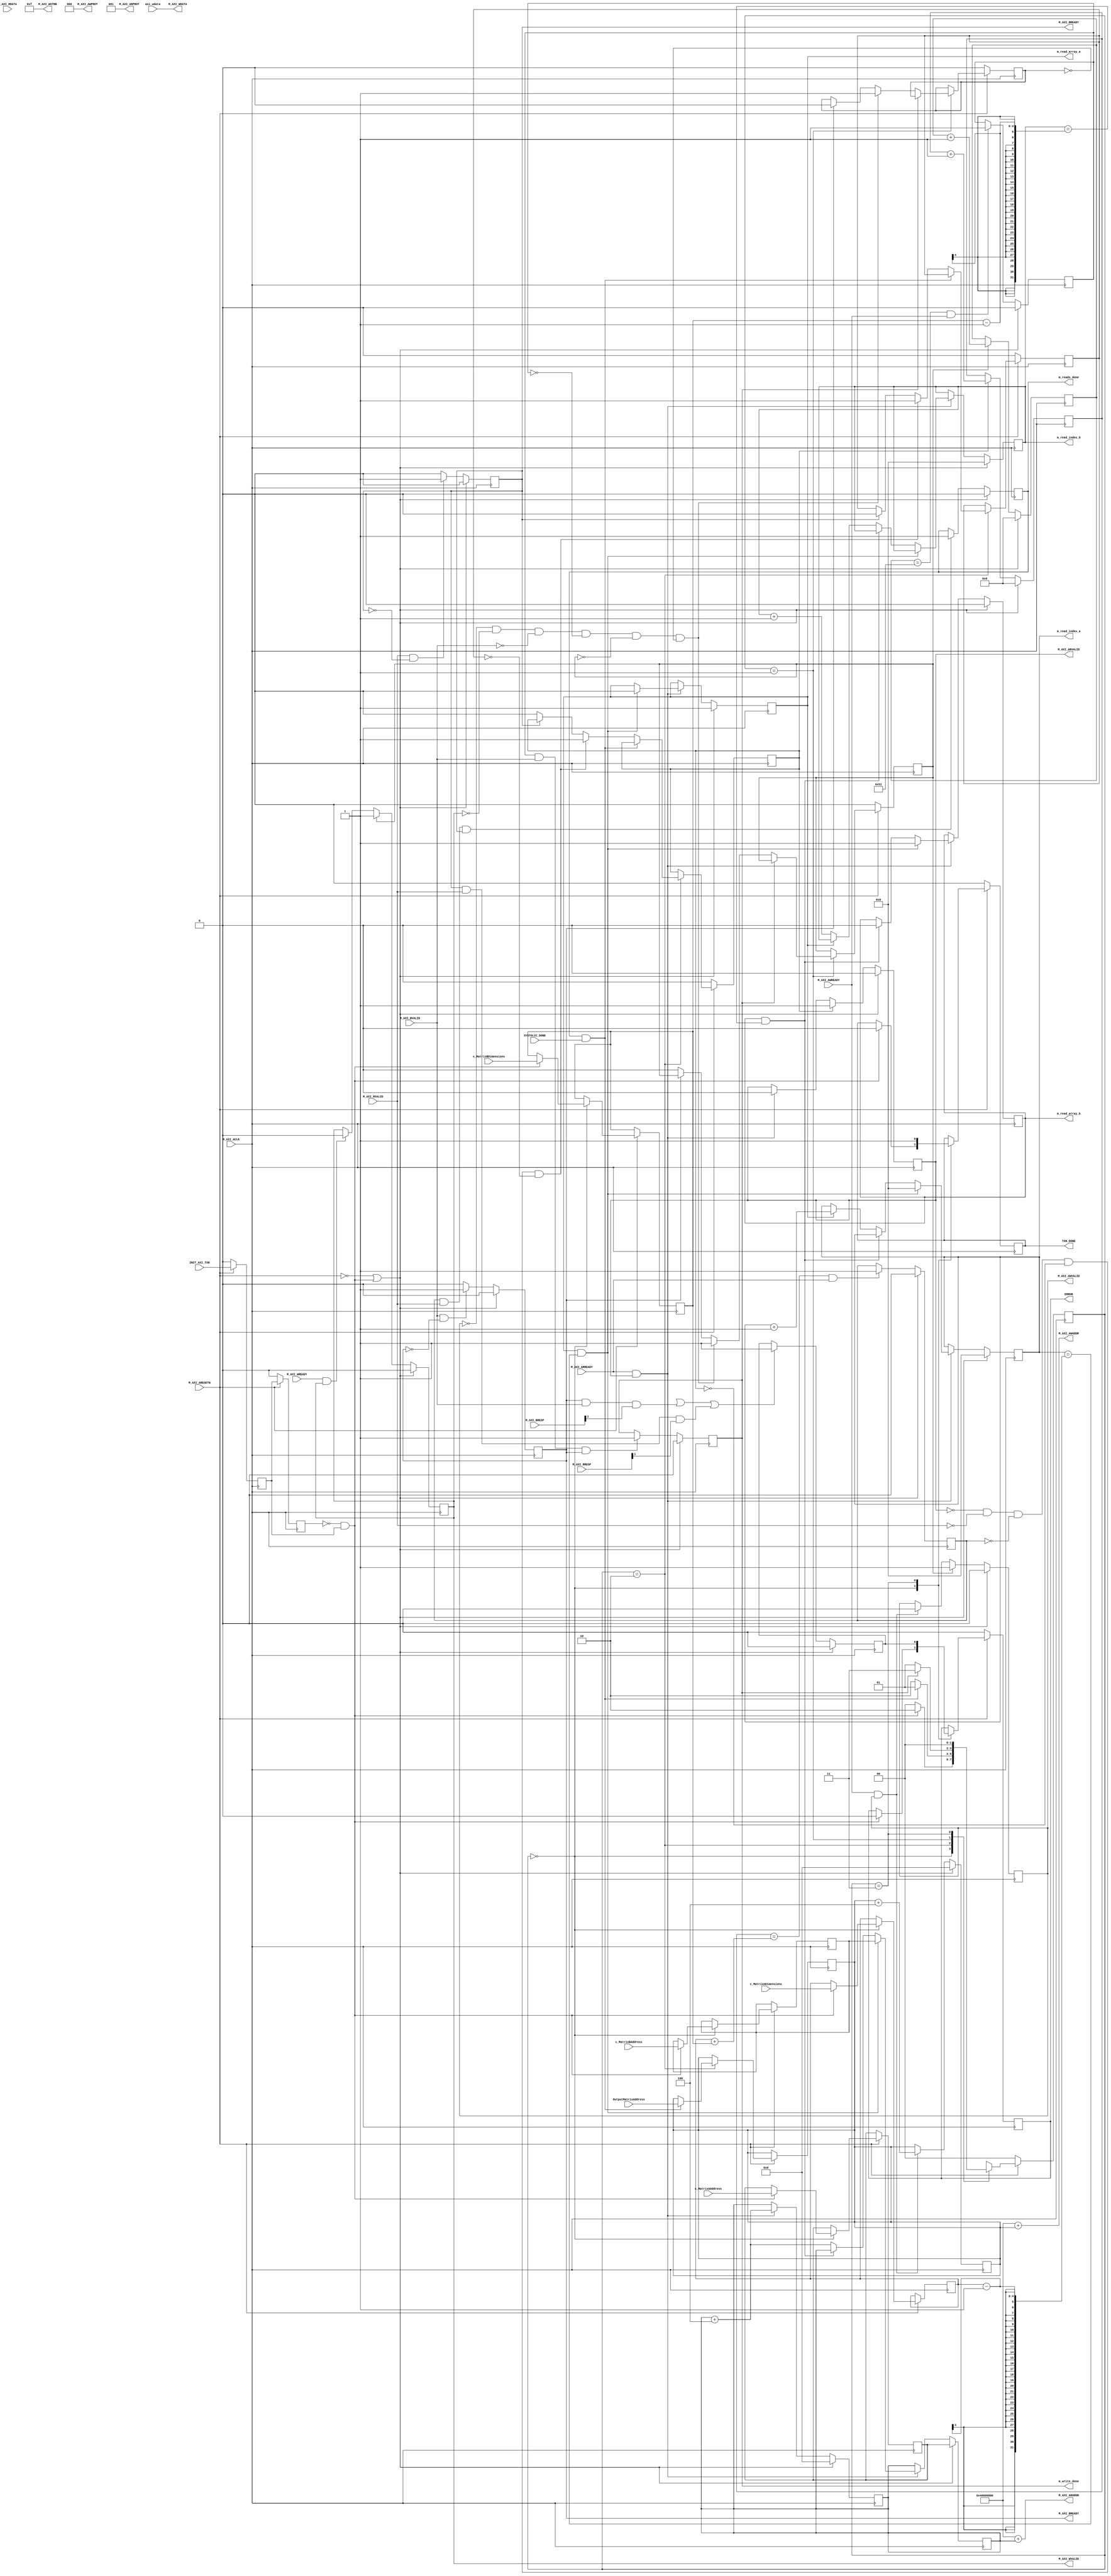
module acc_ip_v1_0_M00_AXI #
	(
		// Users to add parameters here

		// User parameters ends
		// Do not modify the parameters beyond this line

		// The master will start generating data from the C_M_START_DATA_VALUE value
		parameter  C_M_START_DATA_VALUE	= 32'hAA000000,
		// The master requires a target slave base address.
    // The master will initiate read and write transactions on the slave with base address specified here as a parameter.
		parameter  C_M_TARGET_SLAVE_BASE_ADDR	= 32'h40000000,
		// Width of M_AXI address bus. 
    // The master generates the read and write addresses of width specified as C_M_AXI_ADDR_WIDTH.
		parameter integer C_M_AXI_ADDR_WIDTH	= 32,
		// Width of M_AXI data bus. 
    // The master issues write data and accept read data where the width of the data bus is C_M_AXI_DATA_WIDTH
		parameter integer C_M_AXI_DATA_WIDTH	= 32,
		// Transaction number is the number of write 
		//  parameter integer  C_M_TRANSACTIONS_NUM_READ	=9*9 + 9*9,
		parameter SYS_ROW = 9, parameter SYS_COL  = 9,
		parameter integer  C_M_TRANSACTIONS_NUM_WRITE	= SYS_ROW*SYS_COL 
		
    // and read transactions the master will perform as a part of this example memory test.
		            //********************
	)
	(
		// Users to add ports here
      //   
      
      output wire [7:0] m_read_index_a,
      output wire [7:0] m_read_index_b,
         // Indices for matrix A and matrix B            // defined by me
    input wire  SYSTOLIC_DONE,
    output m_read_array_a,
    output  m_read_array_b,
    output m_reads_done,
    output m_write_done,
   input wire [31:0] c_MatrixAAddress ,
   input wire [3:0] c_MatrixADimensions ,
   input wire [31:0] c_MatrixBAddress,
   input wire [3:0] c_MatrixBDimensions,
   input wire [31:0] OutputMatrixAddress,
   input wire [C_M_AXI_ADDR_WIDTH-1 : 0]axi_wdata,
       // 
		// User ports ends
		// Do not modify the ports beyond this line
   
		// Initiate AXI transactions
		input wire  INIT_AXI_TXN,
		// Asserts when ERROR is detected
		output reg  ERROR,
		// Asserts when AXI transactions is complete
		output wire  TXN_DONE,
		// AXI clock signal
		input wire  M_AXI_ACLK,
		// AXI active low reset signal
		input wire  M_AXI_ARESETN,
		// Master Interface Write Address Channel ports. Write address (issued by master)
//__***** AW	
		output wire [C_M_AXI_ADDR_WIDTH-1 : 0] M_AXI_AWADDR,
		// Write channel Protection type.
    // This signal indicates the privilege and security level of the transaction,
    // and whether the transaction is a data access or an instruction access.
		output wire [2 : 0] M_AXI_AWPROT,
		// Write address valid. 
    // This signal indicates that the master signaling valid write address and control information.
		output wire  M_AXI_AWVALID,
		// Write address ready. 
    // This signal indicates that the slave is ready to accept an address and associated control signals.
		input wire  M_AXI_AWREADY,
		// Master Interface Write Data Channel ports. Write data (issued by master)
	 
//__***** W	 
	 	output wire [C_M_AXI_DATA_WIDTH-1 : 0] M_AXI_WDATA,
		// Write strobes. 
    // This signal indicates which byte lanes hold valid data.
    // There is one write strobe bit for each eight bits of the write data bus.
		output wire [C_M_AXI_DATA_WIDTH/8-1 : 0] M_AXI_WSTRB,
		// Write valid. This signal indicates that valid write data and strobes are available.
		output wire  M_AXI_WVALID,
		// Write ready. This signal indicates that the slave can accept the write data.
		input wire  M_AXI_WREADY,
		// Master Interface Write Response Channel ports. 
    // This signal indicates the status of the write transaction.
	
//__***** B
		input wire [1 : 0] M_AXI_BRESP,
		// Write response valid. 
    // This signal indicates that the channel is signaling a valid write response
		input wire  M_AXI_BVALID,
		// Response ready. This signal indicates that the master can accept a write response.
		output wire  M_AXI_BREADY,
		
//__***** AR	
	
		// Master Interface Read Address Channel ports. Read address (issued by master)
		output wire [C_M_AXI_ADDR_WIDTH-1 : 0] M_AXI_ARADDR,
		// Protection type. 
    // This signal indicates the privilege and security level of the transaction, 
    // and whether the transaction is a data access or an instruction access.
		output wire [2 : 0] M_AXI_ARPROT,
		// Read address valid. 
    // This signal indicates that the channel is signaling valid read address and control information.
		output wire  M_AXI_ARVALID,
		// Read address ready. 
    // This signal indicates that the slave is ready to accept an address and associated control signals.
		input wire  M_AXI_ARREADY,
		// Master Interface Read Data Channel ports. Read data (issued by slave)
//__***** R
	
		input wire [C_M_AXI_DATA_WIDTH-1 : 0] M_AXI_RDATA,
		// Read response. This signal indicates the status of the read transfer.
		input wire [1 : 0] M_AXI_RRESP,
		// Read valid. This signal indicates that the channel is signaling the required read data.
		input wire  M_AXI_RVALID,
		// Read ready. This signal indicates that the master can accept the read data and response information.
		output wire  M_AXI_RREADY
	);

	// function called clogb2 that returns an integer which has the
	// value of the ceiling of the log base 2
	reg [31:0] ARRAY_A_ADDR ; // Starting address of Array A
    reg [3:0]ARRAY_A_DIM ;           // Dimension of Array A
    reg [31:0] ARRAY_B_ADDR ;  // Starting address of Array B
    reg [3:0] ARRAY_B_DIM    ;
        
	
    assign M_AXI_WDATA	= axi_wdata;
    
	 function integer clogb2 (input integer bit_depth);
		 begin
		 for(clogb2=0; bit_depth>0; clogb2=clogb2+1)
			 bit_depth = bit_depth >> 1;
		 end
	 endfunction

	// TRANS_NUM_BITS is the width of the index counter for 
	// number of write or read transaction.
	// localparam integer TRANS_NUM_BITS_WRITE = clogb2(C_M_TRANSACTIONS_NUM_WRITE-1);
//     localparam integer TRANS_NUM_BITS_READ = clogb2(C_M_TRANSACTIONS_NUM_READ-1);
	// Example State machine to initialize counter, initialize write transactions, 
	// initialize read transactions and comparison of read data with the 
	// written data words.
	parameter [1:0] IDLE = 2'b00, // This state initiates AXI4Lite transaction 
			// after the state machine changes state to INIT_WRITE   
			// when there is 0 to 1 transition on INIT_AXI_TXN
		INIT_WRITE   = 2'b01, // This state initializes write transaction,
			// once writes are done, the state machine 
			// changes state to INIT_READ 
		INIT_READ = 2'b10, // This state initializes read transaction
			// once reads are done, the state machine 
			// changes state to INIT_COMPARE 
		INIT_COMPARE = 2'b11; // This state issues the status of comparison 
			// of the written data with the read data	

	 reg [1:0] mst_exec_state;

	// AXI4LITE signals
	//write address valid
	reg  	axi_awvalid;
	//write data valid
	reg  	axi_wvalid;
	//read address valid
	reg  	axi_arvalid;
	//read data acceptance
	reg  	axi_rready;
	//write response acceptance
	reg  	axi_bready;
	//write address
	reg [C_M_AXI_ADDR_WIDTH-1 : 0] 	axi_awaddr;
	//write data
	//reg [C_M_AXI_DATA_WIDTH-1 : 0] 	axi_wdata;
	//read addresss
	reg [C_M_AXI_ADDR_WIDTH-1 : 0] 	axi_araddr;
	//Asserts when there is a write response error
	wire  	write_resp_error;
	//Asserts when there is a read response error
	wire  	read_resp_error;
	//A pulse to initiate a write transaction
	reg  	start_single_write;                      //**--
	//A pulse to initiate a read transaction
	reg  	start_single_read;                        //**--
	//Asserts when a single beat write transaction is issued and remains asserted till the completion of write trasaction.
	reg  	write_issued;
	//Asserts when a single beat read transaction is issued and remains asserted till the completion of read trasaction.
	reg  	read_issued;
	//flag that marks the completion of write trasactions. The number of write transaction is user selected by the parameter C_M_TRANSACTIONS_NUM_WRITE.
	reg  	writes_done;                              //**--
	//flag that marks the completion of read trasactions. The number of read transaction is user selected by the parameter C_M_TRANSACTIONS_NUM_READ
	reg  	reads_done;                              //**--
	//The error register is asserted when any of the write response error, read response error or the data mismatch flags are asserted.
	reg  	error_reg;
	//index counter to track the number of write transaction issued
	reg [8 : 0] 	write_index;
	//index counter to track the number of read transaction issued
	reg [8 : 0] 	read_index;
	//Expected read data used to compare with the read data.
	//reg [C_M_AXI_DATA_WIDTH-1 : 0] 	expected_rdata;
	//Flag marks the completion of comparison of the read data with the expected read data
	reg  	compare_done;
	//This flag is asserted when there is a mismatch of the read data with the expected read data.
	reg  	read_mismatch;
	//Flag is asserted when the write index reaches the last write transction number
	reg  	last_write;                          //**--
	//Flag is asserted when the read index reaches the last read transction number
	reg  	last_read;                            //**--
	reg  	init_txn_ff;
	reg  	init_txn_ff2;
	reg  	init_txn_edge;
	wire  	init_txn_pulse;

  
    reg [7:0] read_index_a, read_index_b;  // Indices for matrix A and matrix B            // defined by me
    reg read_array_a, read_array_b;        // Flags to indicate which array to read
     assign  m_read_index_a= read_index_a;
      assign m_read_index_b=  read_index_b;                   
    assign m_read_array_a=read_array_a;
    assign  m_read_array_b=read_array_b;                                                          // defined by me
    assign m_reads_done = reads_done;
    assign m_write_done = writes_done;
	//Adding the offset address to the base addr of the slave
	assign M_AXI_AWADDR	= C_M_TARGET_SLAVE_BASE_ADDR + axi_awaddr;
	//AXI 4 write data
	
	assign M_AXI_AWPROT	= 3'b000;
	assign M_AXI_AWVALID	= axi_awvalid;
	//Write Data(W)
	assign M_AXI_WVALID	= axi_wvalid;
	//Set all byte strobes in this example
	assign M_AXI_WSTRB	= 4'b1111;
	//Write Response (B)
	assign M_AXI_BREADY	= axi_bready;
	//Read Address (AR)
	assign M_AXI_ARADDR	= C_M_TARGET_SLAVE_BASE_ADDR + axi_araddr;
	assign M_AXI_ARVALID	= axi_arvalid;
	assign M_AXI_ARPROT	= 3'b001;                                                  // doubt hai ki 0 hoga ya 1
	//Read and Read Response (R)
	assign M_AXI_RREADY	= axi_rready;
	//Example design I/O
	assign TXN_DONE	= compare_done;
	assign init_txn_pulse	= (!init_txn_ff2) && init_txn_ff;


	//Generate a pulse to initiate AXI transaction.
	always @(posedge M_AXI_ACLK)										      
	  begin                                                                        
	    // Initiates AXI transaction delay    
	    if (M_AXI_ARESETN == 0 )                                                   
	      begin                                                                    
	        init_txn_ff <= 1'b0;                                                   
	        init_txn_ff2 <= 1'b0;                                                   
	      end                                                                               
	    else                                                                       
	      begin  
	        init_txn_ff <= INIT_AXI_TXN;
	        init_txn_ff2 <= init_txn_ff;                                                                 
	      end                                                                      
	  end     


	//--------------------
	//Write Address Channel
	//--------------------

	// The purpose of the write address channel is to request the address and 
	// command information for the entire transaction.  It is a single beat
	// of information.

	// Note for this example the axi_awvalid/axi_wvalid are asserted at the same
	// time, and then each is deasserted independent from each other.
	// This is a lower-performance, but simplier control scheme.

	// AXI VALID signals must be held active until accepted by the partner.

	// A data transfer is accepted by the slave when a master has
	// VALID data and the slave acknoledges it is also READY. While the master
	// is allowed to generated multiple, back-to-back requests by not 
	// deasserting VALID, this design will add rest cycle for
	// simplicity.

	// Since only one outstanding transaction is issued by the user design,
	// there will not be a collision between a new request and an accepted
	// request on the same clock cycle. 

	  always @(posedge M_AXI_ACLK)										      
	  begin                                                                        
	    //Only VALID signals must be deasserted during reset per AXI spec          
	    //Consider inverting then registering active-low reset for higher fmax     
	    if (M_AXI_ARESETN == 0 || init_txn_pulse == 1'b1)                                                   
	      begin                                                                    
	        axi_awvalid <= 1'b0;                                                   
	      end                                                                      
	      //Signal a new address/data command is available by user logic           
	    else                                                                       
	      begin                                                                    
	        if (start_single_write)                                                
	          begin                                                                
	            axi_awvalid <= 1'b1;                                               
	          end                                                                  
	     //Address accepted by interconnect/slave (issue of M_AXI_AWREADY by slave)
	        else if (M_AXI_AWREADY && axi_awvalid)                                 
	          begin                                                                
	            axi_awvalid <= 1'b0;                                               
	          end                                                                  
	      end                                                                      
	  end                                                                          
	                                                                               
	                                                                               
	  // start_single_write triggers a new write                                   
	  // transaction. write_index is a counter to                                  
	  // keep track with number of write transaction                               
	  // issued/initiated                                                          
	  always @(posedge M_AXI_ACLK)                                                 
	  begin                                                                        
	    if (M_AXI_ARESETN == 0 || init_txn_pulse == 1'b1)                                                   
	      begin                                                                    
	        write_index <= 0;                                                      
	      end                                                                      
	      // Signals a new write address/ write data is                            
	      // available by user logic                                               
	    else if (start_single_write)                                               
	      begin                                                                    
	        write_index <= write_index + 1;                                        
	      end                                                                      
	  end                                                                          


	//--------------------
	//Write Data Channel
	//--------------------

	//The write data channel is for transfering the actual data.
	//The data generation is speific to the example design, and 
	//so only the WVALID/WREADY handshake is shown here

	   always @(posedge M_AXI_ACLK)                                        
	   begin                                                                         
	     if (M_AXI_ARESETN == 0  || init_txn_pulse == 1'b1)                                                    
	       begin                                                                     
	         axi_wvalid <= 1'b0;                                                     
	       end                                                                       
	     //Signal a new address/data command is available by user logic              
	     else if (start_single_write)                                                
	       begin                                                                     
	         axi_wvalid <= 1'b1;                                                     
	       end                                                                       
	     //Data accepted by interconnect/slave (issue of M_AXI_WREADY by slave)      
	     else if (M_AXI_WREADY && axi_wvalid)                                        
	       begin                                                                     
	        axi_wvalid <= 1'b0;                                                      
	       end                                                                       
	   end                                                                           


	//----------------------------
	//Write Response (B) Channel
	//----------------------------

	//The write response channel provides feedback that the write has committed
	//to memory. BREADY will occur after both the data and the write address
	//has arrived and been accepted by the slave, and can guarantee that no
	//other accesses launched afterwards will be able to be reordered before it.

	//The BRESP bit [1] is used indicate any errors from the interconnect or
	//slave for the entire write burst. This example will capture the error.

	//While not necessary per spec, it is advisable to reset READY signals in
	//case of differing reset latencies between master/slave.

	  always @(posedge M_AXI_ACLK)                                    
	  begin                                                                
	    if (M_AXI_ARESETN == 0 || init_txn_pulse == 1'b1)                                           
	      begin                                                            
	        axi_bready <= 1'b0;                                            
	      end                                                              
	    // accept/acknowledge bresp with axi_bready by the master          
	    // when M_AXI_BVALID is asserted by slave                          
	    else if (M_AXI_BVALID && ~axi_bready)                              
	      begin                                                            
	        axi_bready <= 1'b1;                                            
	      end                                                              
	    // deassert after one clock cycle                                  
	    else if (axi_bready)                                               
	      begin                                                            
	        axi_bready <= 1'b0;                                            
	      end                                                              
	    // retain the previous value                                       
	    else                                                               
	      axi_bready <= axi_bready;                                        
	  end                                                                  
	                                                                       
	//Flag write errors                                                    
	assign write_resp_error = (axi_bready & M_AXI_BVALID & M_AXI_BRESP[1]);


	//----------------------------
	//Read Address Channel
	//----------------------------

	//start_single_read triggers a new read transaction. read_index is a counter to
	//keep track with number of read transaction issued/initiated

	  always @(posedge M_AXI_ACLK)                                                     
	  begin                                                                            
	    if (M_AXI_ARESETN == 0 || init_txn_pulse == 1'b1)                                                       
	      begin                                                                        
	        read_index <= 0;                                                           
	      end                                                                          
	    // Signals a new read address is                                               
	    // available by user logic                                                     
	    else if (start_single_read)                                                    
	      begin                                                                        
	        read_index <= read_index + 1;                                              
	      end                                                                          
	  end                                                                              
	                                                                                   
	  // A new axi_arvalid is asserted when there is a valid read address              
	  // available by the master. start_single_read triggers a new read                
	  // transaction                                                                   
	  always @(posedge M_AXI_ACLK)                                                     
	  begin                                                                            
	    if (M_AXI_ARESETN == 0 || init_txn_pulse == 1'b1)                                                       
	      begin                                                                        
	        axi_arvalid <= 1'b0;                                                       
	      end                                                                          
	    //Signal a new read address command is available by user logic                 
	    else if (start_single_read)                                                    
	      begin                                                                        
	        axi_arvalid <= 1'b1;                                                       
	      end                                                                          
	    //RAddress accepted by interconnect/slave (issue of M_AXI_ARREADY by slave)    
	    else if (M_AXI_ARREADY && axi_arvalid)                                         
	      begin                                                                        
	        axi_arvalid <= 1'b0;                                                       
	      end                                                                          
	    // retain the previous value                                                   
	  end                                                                              


	//--------------------------------
	//Read Data (and Response) Channel
	//--------------------------------

	//The Read Data channel returns the results of the read request 
	//The master will accept the read data by asserting axi_rready
	//when there is a valid read data available.
	//While not necessary per spec, it is advisable to reset READY signals in
	//case of differing reset latencies between master/slave.

	  always @(posedge M_AXI_ACLK)                                    
	  begin                                                                 
	    if (M_AXI_ARESETN == 0 || init_txn_pulse == 1'b1)                                            
	      begin                                                             
	        axi_rready <= 1'b0;                                             
	      end                                                               
	    // accept/acknowledge rdata/rresp with axi_rready by the master     
	    // when M_AXI_RVALID is asserted by slave                           
	    else if (M_AXI_RVALID && ~axi_rready)                               
	      begin                                                             
	        axi_rready <= 1'b1;                                             
	      end                                                               
	    // deassert after one clock cycle                                   
	    else if (axi_rready)                                                
	      begin                                                             
	        axi_rready <= 1'b0;                                             
	      end                                                               
	    // retain the previous value                                        
	  end                                                                   
	                                                                        
	//Flag write errors                                                     
	assign read_resp_error = (axi_rready & M_AXI_RVALID & M_AXI_RRESP[1]);  


	//--------------------------------
	//User Logic           
	
	                           //**************************************
	                           
	    always @(posedge M_AXI_ACLK)
    begin
        if (M_AXI_ARESETN == 0 || init_txn_pulse == 1'b1)
        begin
            axi_araddr <= ARRAY_A_ADDR;               //address of matrix A
            read_array_a <= 1'b1;
            read_array_b <= 1'b0;
            read_index_a <= 0;
            read_index_b <= 0;
        end
        // Signals a new read address is available by user logic
        else if (M_AXI_ARREADY && axi_arvalid)                    //condition data arived in databus
        begin
            if (read_array_a && read_index_a == ARRAY_A_DIM - 1)
            begin
                axi_araddr <= ARRAY_B_ADDR;                  //address of matrix B
                read_array_a <= 1'b0;
                read_array_b <= 1'b1;
                read_index_a <= 0;
            end
            else if (read_array_b && read_index_b == ARRAY_B_DIM - 1)
            begin
                axi_araddr <= axi_araddr;  // Keep the address unchanged
                read_array_b <= 1'b0;
            end
            else
            begin
                axi_araddr <= axi_araddr + 32'h00000004;
                if (read_array_a)
                    read_index_a <= read_index_a + 1;
                else
                    read_index_b <= read_index_b + 1;
            end
        end
    end                         
	                           
	//--------------------------------

	//Address/Data Stimulus

	//Address/data pairs for this example. The read and write values should
	//match.
	//Modify these as desired for different address patterns.

	  //Write Addresses                                        
	  always @(posedge M_AXI_ACLK)                                  
	      begin                                                     
	        if (M_AXI_ARESETN == 0  || init_txn_pulse == 1'b1)                                
	          begin                                                 
	            axi_awaddr <= 0;                                    
	          end                                                   
	          // Signals a new write address/ write data is         
	          // available by user logic                            
	        else if (M_AXI_AWREADY && axi_awvalid)                  
	          begin                                                 
	            axi_awaddr <= axi_awaddr + 32'h00000004;            
	                                                                
	          end                                                   
	      end                                                       
	                                                                
	/*  // Write data generation                                      
	  always @(posedge M_AXI_ACLK)                                  
	      begin                                                     
	        if (M_AXI_ARESETN == 0 || init_txn_pulse == 1'b1 )                                
	          begin                                                 
	            axi_wdata <= C_M_START_DATA_VALUE;                  
	          end                                                   
	        // Signals a new write address/ write data is           
	        // available by user logic                              
	        else if (M_AXI_WREADY && axi_wvalid)                    
	          begin                                                 
	            axi_wdata <= C_M_START_DATA_VALUE + write_index;    
	          end                                                   
	        end    */      	                                       
	                                                                
	  //Read Addresses                                              
	  always @(posedge M_AXI_ACLK)                                  
	      begin                                                     
	        if (M_AXI_ARESETN == 0  || init_txn_pulse == 1'b1)                                
	          begin                                                 
	            axi_araddr <= 0;                                    
	          end                                                   
	          // Signals a new write address/ write data is         
	          // available by user logic                            
	        else if (M_AXI_ARREADY && axi_arvalid)                  
	          begin                                                 
	            axi_araddr <= axi_araddr + 32'h00000004;            
	          end                                                   
	      end                                                       
	                                                                
	                                                                
	                                                                
/*	  always @(posedge M_AXI_ACLK)                                  
	      begin                                                     
	        if (M_AXI_ARESETN == 0  || init_txn_pulse == 1'b1)                                
	          begin                                                 
	            expected_rdata <= C_M_START_DATA_VALUE;               //******************
	          end                                                   
	          // Signals a new write address/ write data is         
	          // available by user logic                            
	        else if (M_AXI_RVALID && axi_rready)                    
	          begin                                                 
	            expected_rdata <= C_M_START_DATA_VALUE + read_index;
	          end                                                 
	      end     */                                                    
	  //implement master command interface state machine                         
	  always @ ( posedge M_AXI_ACLK)                                                    
	  begin                                                                             
	    if (M_AXI_ARESETN == 1'b0)                                                     
	      begin                                                                         
	      // reset condition                                                            
	      // All the signals are assigned default values under reset condition          
	        mst_exec_state  <= IDLE;                                            
	        start_single_write <= 1'b0;                                                 
	        write_issued  <= 1'b0;                                                      
	        start_single_read  <= 1'b0;                                                 
	        read_issued   <= 1'b0;                                                      
	        compare_done  <= 1'b0;                                                      
	        ERROR <= 1'b0;
	      end                                                                           
	    else                                                                            
	      begin                                                                         
	       // state transition                                                          
	        case (mst_exec_state)                                                       
	                                                                                    
	 IDLE:                                                             
	          // This state is responsible to initiate 
	          // AXI transaction when init_txn_pulse is asserted 
	            if ( init_txn_pulse == 1'b1 )                                     
	              begin                                                                 
	                mst_exec_state  <= INIT_READ;  
	                 ARRAY_A_DIM <= c_MatrixADimensions ;
	                ARRAY_A_ADDR <= c_MatrixAAddress ; // Starting address of Array A
                   ARRAY_B_ADDR <= c_MatrixBAddress ;  // Starting address of Array B
                    ARRAY_B_DIM <= c_MatrixBDimensions;                                     
	                ERROR <= 1'b0;
	                compare_done <= 1'b0;
	              end                                                                   
	            else                                                                    
	              begin                                                                 
	                mst_exec_state  <= IDLE;                                    
	              end                                                                   
	             
	  INIT_READ:   begin 
	                
                                                                                 
	             // read controller                                                     
	             if (reads_done && SYSTOLIC_DONE)                                                        
	               begin                                                                
	                 mst_exec_state <= INIT_WRITE; 
	                  axi_awaddr <= OutputMatrixAddress;                                   
	               end                                                                  
	             else                                                                   
	               begin       
	                                                                      
	                 mst_exec_state  <= INIT_READ;                                      
	                                                                                    
	                 if (~axi_arvalid && ~M_AXI_RVALID && ~last_read && ~start_single_read && ~read_issued)      // after read is done last read remains 1
	                   begin                                                                                      // therefore start_single_read never become 1
	                     start_single_read <= 1'b1;                                     
	                     read_issued  <= 1'b1;                                          
	                   end                                                              
	                 else if (axi_rready)                                               
	                   begin                                                            
	                     read_issued  <= 1'b0;                                          
	                   end                                                              
	                 else                                                               
	                   begin                                                            
	                     start_single_read <= 1'b0; //Negate to generate a pulse        
	                   end                                                              
	               end  
	               end 
	                                                                                      
	 INIT_WRITE:                                                               
	            // This state is responsible to issue start_single_write pulse to       
	            // initiate a write transaction. Write transactions will be             
	            // issued until last_write signal is asserted.                          
	            // write controller                                                     
	            if (writes_done)                                                        
	              begin                                                                 
	                mst_exec_state <=  INIT_COMPARE;//                                      
	              end                                                                   
	            else                                                                    
	              begin   
	                                                                             
	                mst_exec_state  <= INIT_WRITE;                                      
	                                                                                    
	                  if (~axi_awvalid && ~axi_wvalid && ~M_AXI_BVALID && ~last_write && ~start_single_write && ~write_issued)
	                    begin                                                           
	                      start_single_write <= 1'b1;                                   
	                      write_issued  <= 1'b1;                                        
	                    end                                                             
	                  else if (axi_bready)                                              
	                    begin                                                           
	                      write_issued  <= 1'b0;                                        
	                    end                                                             
	                  else                                                              
	                    begin                                                           
	                      start_single_write <= 1'b0; //Negate to generate a pulse      
	                    end                                                             
	              end                                                                   
	                                                                                    
	  INIT_COMPARE:                                                            
	             begin
	                 // This state is responsible to issue the state of comparison          
	                 // of written data with the read data. If no error flags are set,      
	                 // compare_done signal will be asseted to indicate success.            
	                 ERROR <= error_reg; 
	                 mst_exec_state <= IDLE;                                    
	                 compare_done <= 1'b1;                                              
	             end                                                                  
	           default :                                                                
	             begin                                                                  
	               mst_exec_state  <= IDLE;                                     
	             end                                                                    
	        endcase                                                                     
	    end                                                                             
	  end //MASTER_EXECUTION_PROC                                                       
	                                                                                    
	  //Terminal write count                                                            
	                                                                                    
	  always @(posedge M_AXI_ACLK)                                                      
	  begin                                                                             
	    if (M_AXI_ARESETN == 0 || init_txn_pulse == 1'b1)                                                         
	      last_write <= 1'b0;                                                           
	                                                                                    
	    //The last write should be associated with a write address ready response       
	    else if ((write_index == C_M_TRANSACTIONS_NUM_WRITE) && M_AXI_AWREADY)                
	      last_write <= 1'b1;                                                           
	    else                                                                            
	      last_write <= last_write;                                                     
	  end                                                                               
	                                                                                    
	  //Check for last write completion.                                                
	                                                                                    
	  //This logic is to qualify the last write count with the final write              
	  //response. This demonstrates how to confirm that a write has been                
	  //committed.                                                                      
	                                                                                    
	  always @(posedge M_AXI_ACLK)                                                      
	  begin                                                                             
	    if (M_AXI_ARESETN == 0 || init_txn_pulse == 1'b1)                                                         
	      writes_done <= 1'b0;                                                          
	                                                                                    
	      //The writes_done should be associated with a bready response                 
	    else if (last_write && M_AXI_BVALID && axi_bready)                              
	      writes_done <= 1'b1;                                                          
	    else                                                                            
	      writes_done <= writes_done;                                                   
	  end                                                                               
	                                                                                    
	//------------------                                                                
	//Read example                                                                      
	//------------------                                                                
	                                                                                    
	//Terminal Read Count                                                               
	                                                                                    
	  always @(posedge M_AXI_ACLK)                                                      
	  begin                                                                             
	    if (M_AXI_ARESETN == 0 || init_txn_pulse == 1'b1)                                                         
	      last_read <= 1'b0;                                                            
	                                                                                    
	    //The last read should be associated with a read address ready response         
	    else if ((read_index == (ARRAY_A_DIM+ARRAY_B_DIM)) && (M_AXI_ARREADY) )              
	      last_read <= 1'b1;                                                            
	    else                                                                            
	      last_read <= last_read;                                                       
	  end                                                                               
	                                                                                    
	/*                                                                                  
	 Check for last read completion.                                                    
	                                                                                    
	 This logic is to qualify the last read count with the final read                   
	 response/data.                                                                     
	 */                                                                                 
	  always @(posedge M_AXI_ACLK)                                                      
	  begin                                                                             
	    if (M_AXI_ARESETN == 0 || init_txn_pulse == 1'b1)                                                         
	      reads_done <= 1'b0;                                                           
	                                                                                    
	    //The reads_done should be associated with a read ready response                
	    else if (last_read && M_AXI_RVALID && axi_rready)                               
	      reads_done <= 1'b1;                                                           
	    else                                                                            
	      reads_done <= reads_done;                                                     
	    end                                                                             
	                                                                                    
	//-----------------------------                                                     
	//Example design error register                                                     
	//-----------------------------                                                     
	                                                                                    
	//Data Comparison                                                                   
	/*  always @(posedge M_AXI_ACLK)                                                      
	  begin                                                                             
	    if (M_AXI_ARESETN == 0  || init_txn_pulse == 1'b1)                                                         
	    read_mismatch <= 1'b0;                                                          
	                                                                                    
	    //The read data when available (on axi_rready) is compared with the expected data
	    else if ((M_AXI_RVALID && axi_rready) && (M_AXI_RDATA != expected_rdata))         
	      read_mismatch <= 1'b1;                                                        
	    else                                                                            
	      read_mismatch <= read_mismatch;                                               
	  end      */                                                                         
	                                                                                    
	// Register and hold any data mismatches, or read/write interface errors            
	  always @(posedge M_AXI_ACLK)                                                      
	  begin                                                                             
	    if (M_AXI_ARESETN == 0  || init_txn_pulse == 1'b1)                                                         
	      error_reg <= 1'b0;                                                            
	                                                                                    
	    //Capture any error types                                                       
	    else if (read_mismatch || write_resp_error || read_resp_error)                  
	      error_reg <= 1'b1;                                                            
	    else                                                                            
	      error_reg <= error_reg;                                                       
	  end                                                                               
	// Add user logic here

	// User logic ends

	endmodule